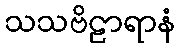
သသဗိဠာရာနံ